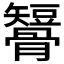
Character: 𥐒